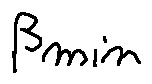
\beta _ { m i n }